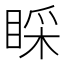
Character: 睬